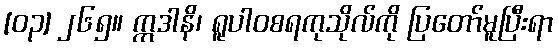
[၀၃] ၂၆၅။ ဣဒါနိ၊ ရူပါဝစရကုသိုလ်ကို ပြတော်မူပြီးရာ